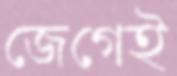
জেগেই